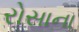
રોસાના